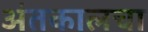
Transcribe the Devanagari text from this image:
अंतकालचा